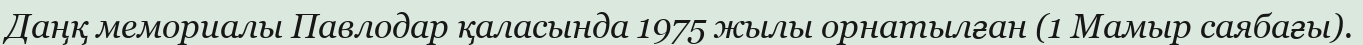
Даңқ мемориалы Павлодар қаласында 1975 жылы орнатылған (1 Мамыр саябағы).